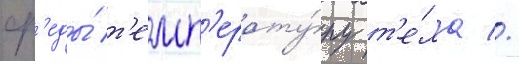
ср'еды́ т'емп'ерату́ру т'е́ла //